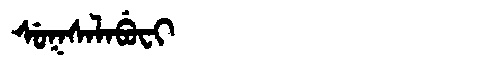
Manchu: ᠰᡠᡴᠰᠠᠯᠠᠪᡠᠸᡳ
Romanization: SUKSALABUFI